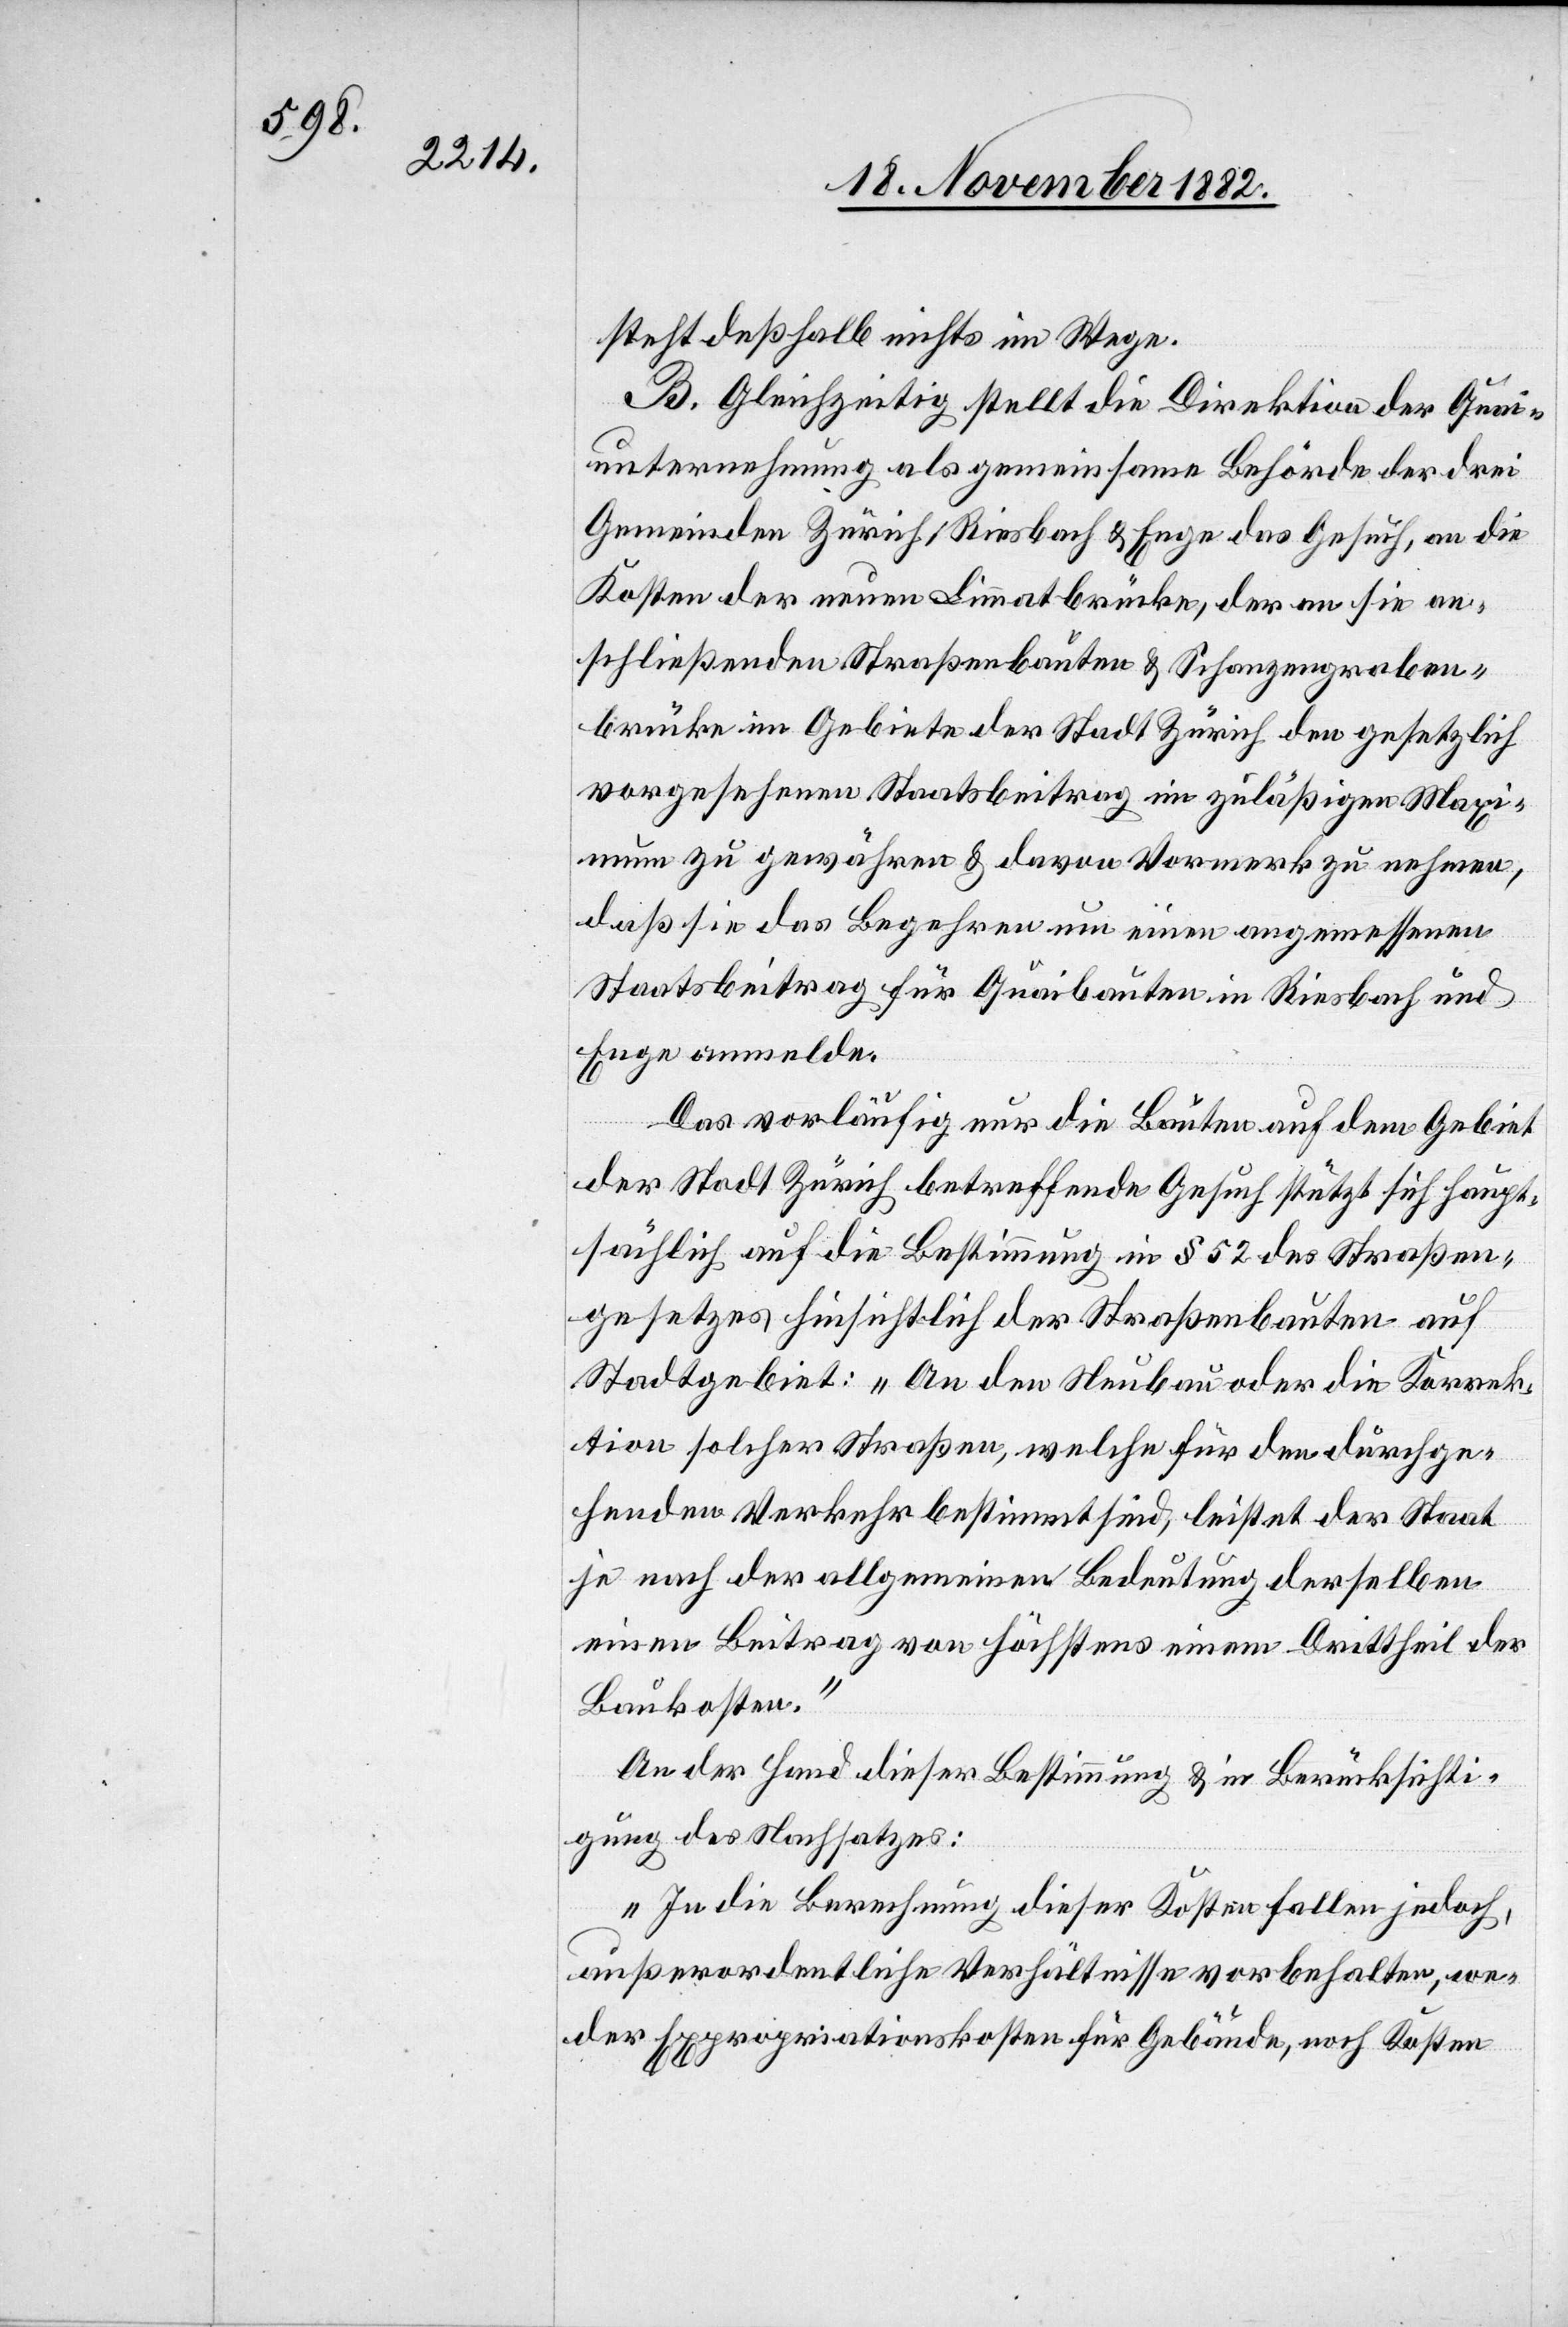
steht deßhalb nichts im Weg.
B. Gleichzeitig stellt die Direktion der Quai¬
unternehmung als gemeinsame Behörde der drei
Gemeinden Zürich, Riesbach & Enge das Gesuch, an die
Kosten der neuen Limmatbrücke, der an sie an¬
schließenden Straßenbauten & Schanzengraben¬
brücke im Gebiete der Stadt Zürich den gesetzlich
vorgesehenen Staatsbeitrag im zuläßigen Maxi¬
mum zu gewähren & davon Vormerk zu nehmen,
daß sie das Begehren um einen angemessenen
Staatsbeitrag für Quaibauten in Riesbach und
Enge anmelde.
Das vorläufig nur die Bauten auf dem Gebiet
der Stadt Zürich betreffende Gesuch stützt sich haupt¬
sächlich auf die Bestimmung in § 52 des Straßen¬
gesetzes hinsichtlich der Straßenbauten auf
Stadtgebiet: „An den Neubau oder die Korrek¬
tion solcher Straßen, welche für den durchge¬
henden Verkehr bestimmt sind, leistet der Staat
je nach der allgemeinen Bedeutung derselben
einen Beitrag von höchstens einem Drittheil der
Baukosten.“
An der Hand dieser Bestimmung & in Berücksichti¬
gung des Nachsatzes:
„In die Berechnung dieser Kosten fallen jedoch,
außerordentliche Verhältnisse vorbehalten, we¬
der Expropriationskosten für Gebäude, noch Kosten